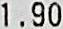
1.90